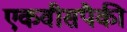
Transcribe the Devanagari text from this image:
एकवीसपैकी